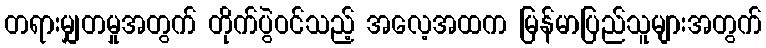
တရားမျှတမှုအတွက် တိုက်ပွဲဝင်သည့် အလေ့အထက မြန်မာပြည်သူများအတွက်